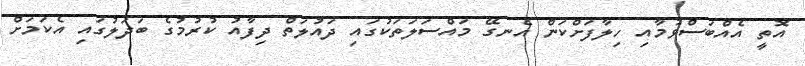
އޮތީ އެއްބަސްވުމާއި ހިލާފަށްކަން އެނގޭ މައްސަލަތަކުގައި ދައުލަތް ދިފާއު ކުރުމުގެ ބަދަލުގައި އެކަމަށް